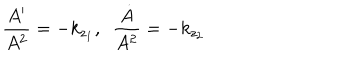
\frac { A ^ { \prime } } { A ^ { 2 } } = - k _ { z _ { 1 } } , \ \ \frac { \dot { A } } { A ^ { 2 } } = - k _ { z _ { 2 } }